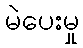
မဲပေးမှု